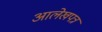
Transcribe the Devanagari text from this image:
आलेखपत्र